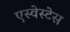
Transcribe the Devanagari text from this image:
एस्वेस्टेस